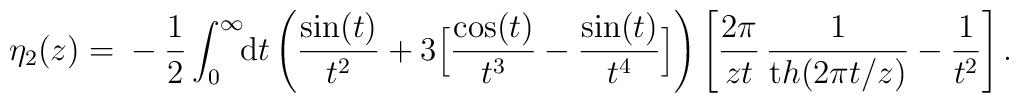
\eta_{2}(z)=\mbox{}-\frac12\int_0^\infty\!\!  {\mathrm{d}}  t \left( \frac{\sin (t)}{t^2} + 3\Big[{\cos (t)\over t^3}-{\sin(t)\over t^4}\Big]\right)\left[ \frac{2 \pi}{ z t}\, \frac{1}{ {\mathrm th}( 2 \pi t/z )} - \frac{1}{t^2}\right].